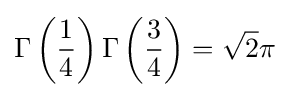
\Gamma \left({\frac {1}{4}}\right)\Gamma \left({\frac {3}{4}}\right)={\sqrt {2}}\pi